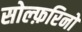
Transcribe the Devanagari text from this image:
सोल्फ़रिनो